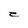
Character: e